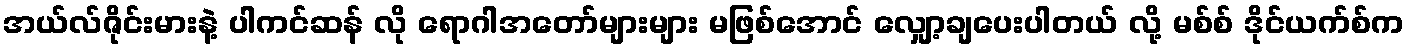
အယ်လ်ဇိုင်းမားနဲ့ ပါကင်ဆန် လို ရောဂါအတော်များများ မဖြစ်အောင် လျှော့ချပေးပါတယ် လို့ မစ်စ် ဒိုင်ယက်စ်က